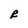
Character: R